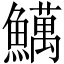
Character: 𫙽